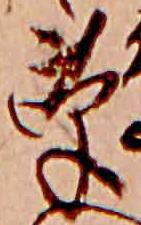
草